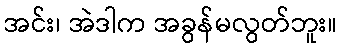
အင်း၊ အဲဒါက အခွန်မလွတ်ဘူး။